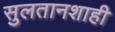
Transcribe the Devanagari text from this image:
सुलतानशाही